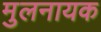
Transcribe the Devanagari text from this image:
मुलनायक